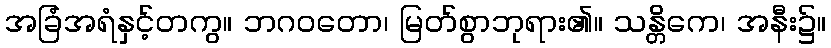
အခြံအရံနှင့်တကွ။ ဘဂဝတော၊ မြတ်စွာဘုရား၏။ သန္တိကေ၊ အနီး၌။